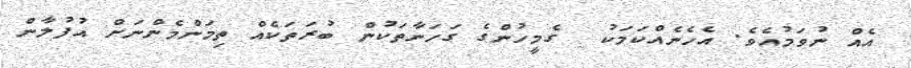
އެއް ނުވަމުއެވެ. އެހެެނެއްކަމަކު  ގެމީހުންގެ ގަހަނާތަކުން ބުރަތަކެއް ތިމަންމެންނަށް އުފުލާން